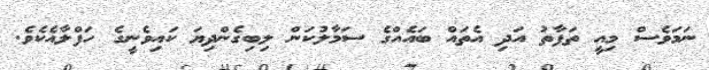
ނަމަވެސް މިއީ ތަފާތު އަދި އެތައް ބައެއްގެ ސަމާލުކަން ލިބިގެންދިޔަ ކައިވެނީގެ ހަފްލާއެކެވެ.